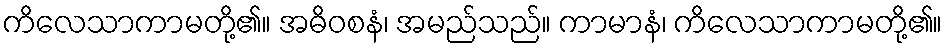
ကိလေသာကာမတို့၏။ အဓိဝစနံ၊ အမည်သည်။ ကာမာနံ၊ ကိလေသာကာမတို့၏။